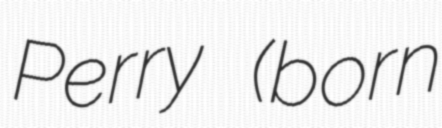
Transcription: Perry (born